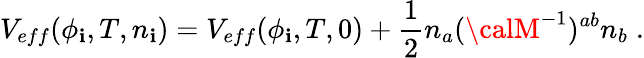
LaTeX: V_{eff}(\phi_{\mathbf{i}},T,n_{\mathbf{i}})=V_{eff}(\phi_{\mathbf{i}},T,0)+{\frac{{1}}{{2}}}n_{a}({\calM}^{-1})^{ab}n_{b}\; .